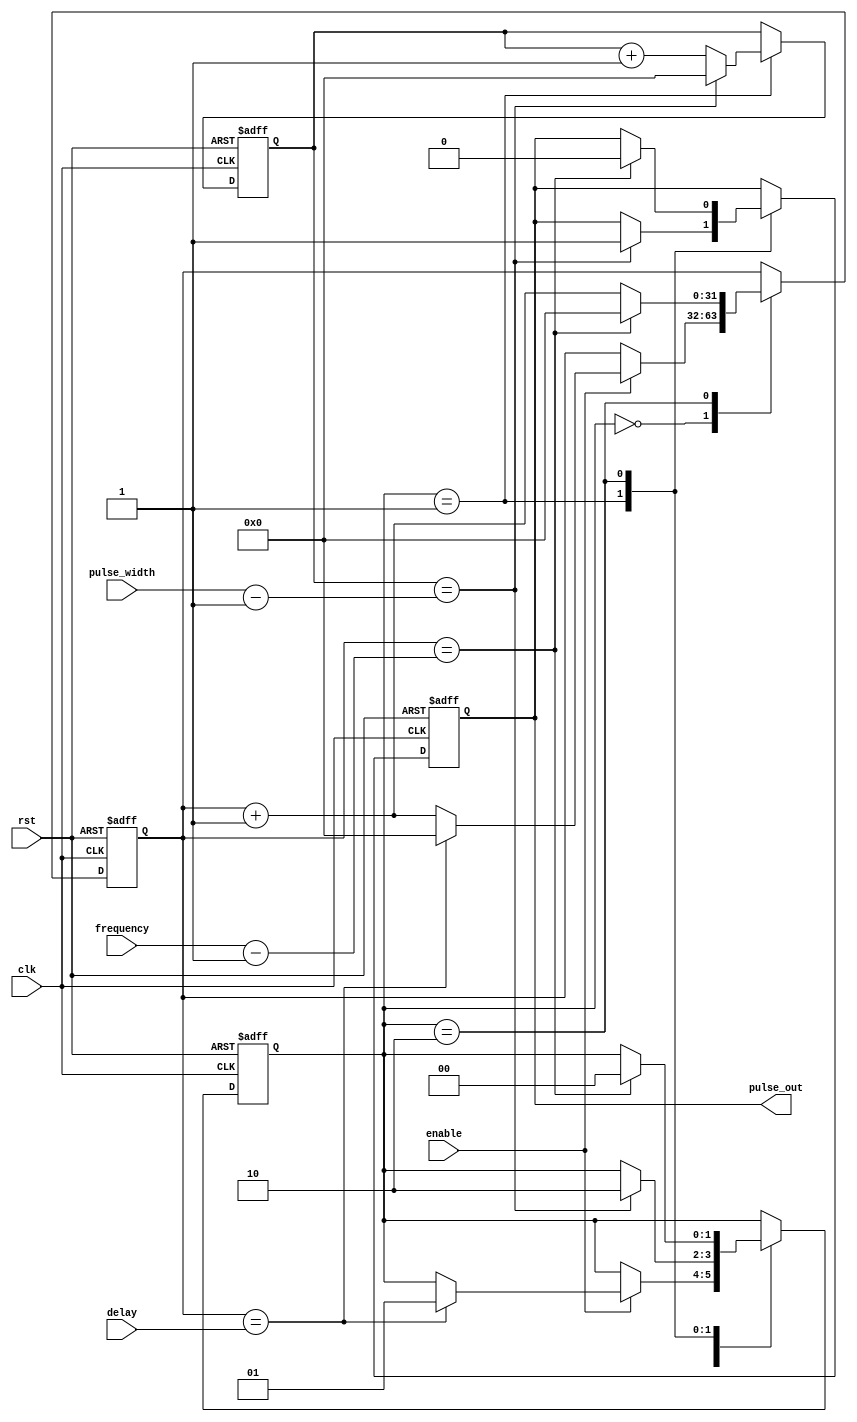
module Programmable_Pulse_Generator (
    input wire clk,
    input wire rst,
    input wire enable,
    input wire [31:0] pulse_width,
    input wire [31:0] frequency,
    input wire [31:0] delay,
    output reg pulse_out
);

reg [31:0] count;
reg [31:0] pulse_count;
reg [1:0] state;

always @(posedge clk or posedge rst) begin
    if (rst) begin
        count <= 0;
        pulse_count <= 0;
        state <= 0;
        pulse_out <= 0;
    end else begin
        case (state)
            0: begin
                if (enable) begin
                    if (count == delay) begin
                        count <= 0;
                        state <= 1;
                    end else begin
                        count <= count + 1;
                    end
                end
            end
            1: begin
                if (pulse_count == pulse_width - 1) begin
                    pulse_out <= 1;
                    pulse_count <= 0;
                    state <= 2;
                end else begin
                    pulse_count <= pulse_count + 1;
                end
            end
            2: begin
                if (count == frequency - 1) begin
                    count <= 0;
                    pulse_out <= 0;
                    state <= 0;
                end else begin
                    count <= count + 1;
                end
            end
        endcase
    end
end

endmodule